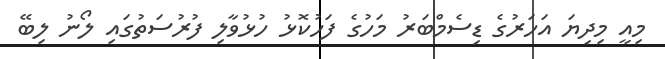
މިއީ މިދިޔަ އަހަރުގެ ޑިސެމްބަރު މަހުގެ ފަހުކޮޅު ހުޅުވާލި ފުރުސަތުގައި ލޯނު ލިބޭ